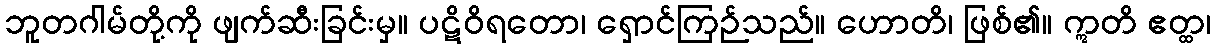
ဘူတဂါမ်တို့ကို ဖျက်ဆီးခြင်းမှ။ ပဋိဝိရတော၊ ရှောင်ကြဉ်သည်။ ဟောတိ၊ ဖြစ်၏။ ဣတိ ဧတ္ထ၊